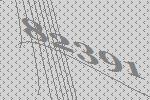
82391